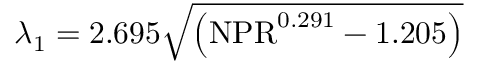
\lambda _ { 1 } = 2 . 6 9 5 \sqrt { \left( \mathrm { N P R } ^ { 0 . 2 9 1 } - 1 . 2 0 5 \right) }